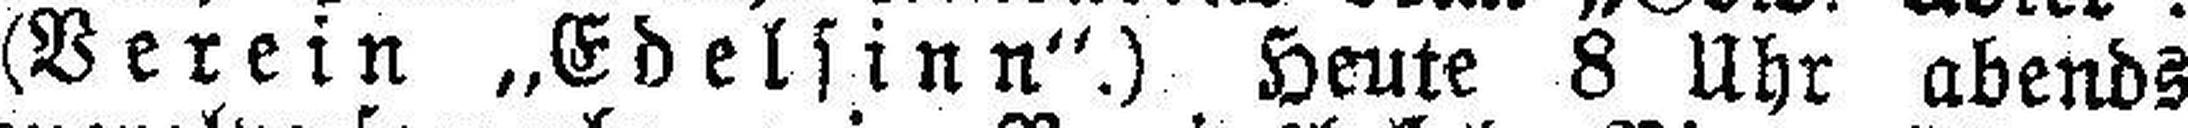
(Verein „Edelsinn“.) Heute 8 Uhr abends